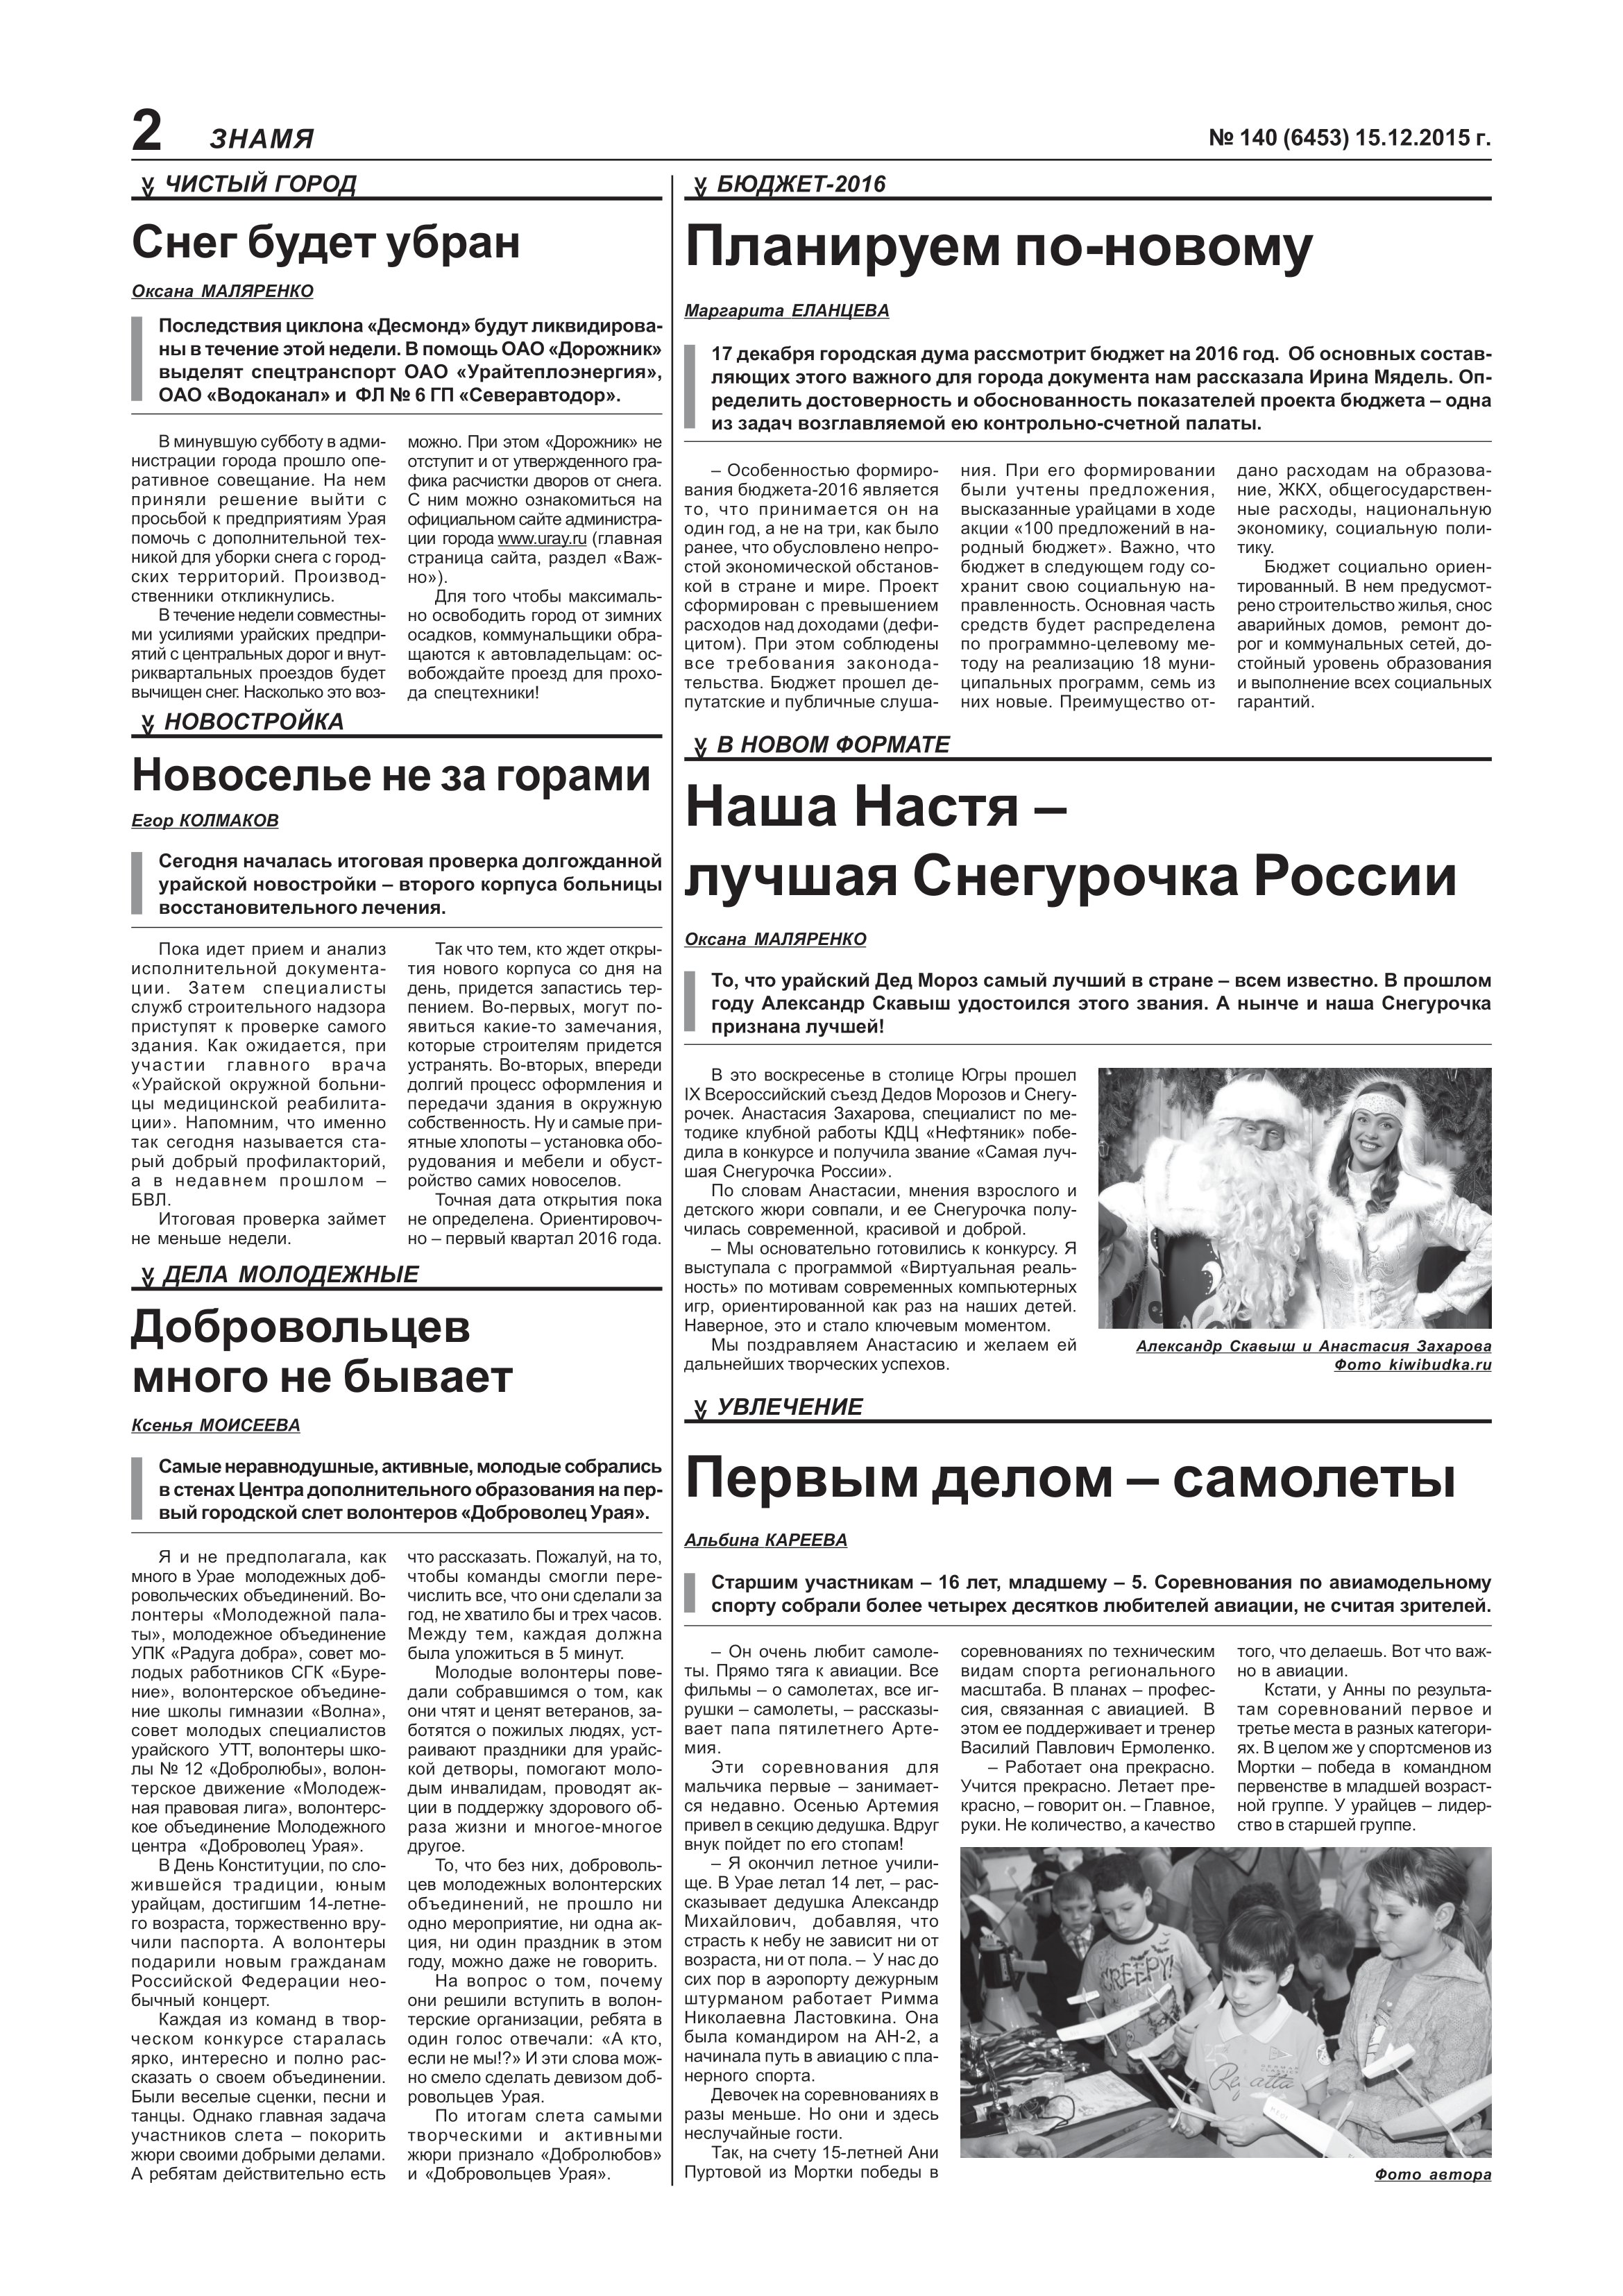
Language: ru